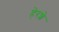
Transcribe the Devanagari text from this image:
हेरशे